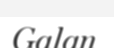
Galan